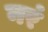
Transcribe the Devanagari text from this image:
नरं